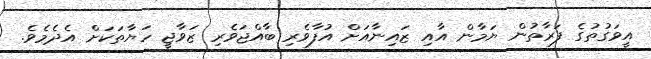
އީވަގުތުގެ ފަރާތުން ޔަމާން އާއި ޒައިނާއަށް އުފާވެރި ބާއްޖަވެރި ޒަވާޖީ ހަޔާތަކަށް އެދެމެވެ.